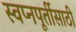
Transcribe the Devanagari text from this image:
स्वप्नपूर्तीसाठी